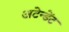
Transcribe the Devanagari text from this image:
अटेन्डेंट